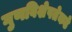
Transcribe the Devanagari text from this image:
गुणविशेषतेकडे